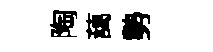
陶藹勢